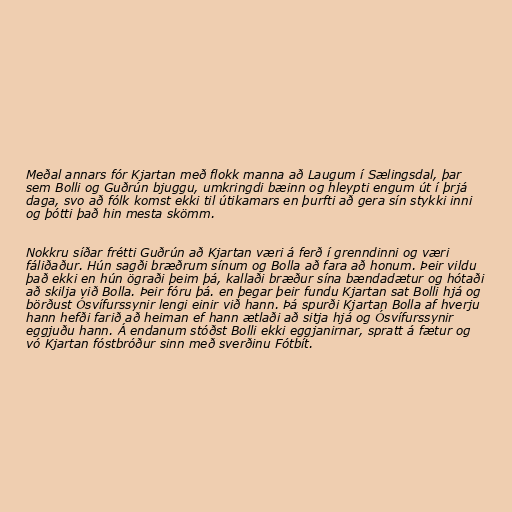
Meðal annars fór Kjartan með flokk manna að Laugum í Sælingsdal, þar
sem Bolli og Guðrún bjuggu, umkringdi bæinn og hleypti engum út í þrjá
daga, svo að fólk komst ekki til útikamars en þurfti að gera sín stykki inni
og þótti það hin mesta skömm.

Nokkru síðar frétti Guðrún að Kjartan væri á ferð í grenndinni og væri
fáliðaður. Hún sagði bræðrum sínum og Bolla að fara að honum. Þeir vildu
það ekki en hún ögraði þeim þá, kallaði bræður sína bændadætur og hótaði
að skilja við Bolla. Þeir fóru þá. en þegar þeir fundu Kjartan sat Bolli hjá og
börðust Ósvífurssynir lengi einir við hann. Þá spurði Kjartan Bolla af hverju
hann hefði farið að heiman ef hann ætlaði að sitja hjá og Ósvífurssynir
eggjuðu hann. Á endanum stóðst Bolli ekki eggjanirnar, spratt á fætur og
vó Kjartan fóstbróður sinn með sverðinu Fótbít.